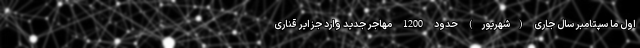
اول ما سپتامبر سال جاری (شهریور) حدود 1200 مهاجر جدید وارد جزایر قناری